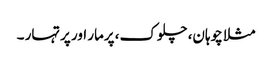
مثلا چوہان، چلوک، پرمار اور پرتہار ۔